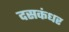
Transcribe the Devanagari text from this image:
दसकंधर